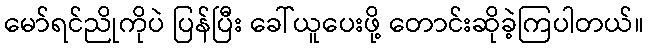
မော်ရင်ညိုကိုပဲ ပြန်ပြီး ခေါ်ယူပေးဖို့ တောင်းဆိုခဲ့ကြပါတယ်။